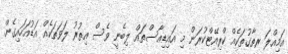
އަމިއްލަ ރތާގުތަކެއް ކްރިއޭޓްކުރަން މި އައިޑިއާސްތައް ލިބެނީ ވެސް އިތުރު ލަވަތަކެއް އަޑުއަހައިގެން.